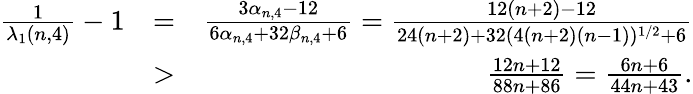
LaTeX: \begin{array}{rlr}{\frac{1}{\lambda_{1}(n,4)}-1}&{=}&{\frac{3\alpha_{n,4}-12}{6\alpha_{n,4}+32\beta_{n,4}+6}=\frac{12(n+2)-12}{24(n+2)+32(4(n+2)(n-1))^{1/2}+6}}\\ &{>}&{\frac{12n+12}{88n+86}=\frac{6n+6}{44n+43}.}\end{array}